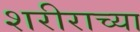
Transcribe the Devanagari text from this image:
शरीराच्या